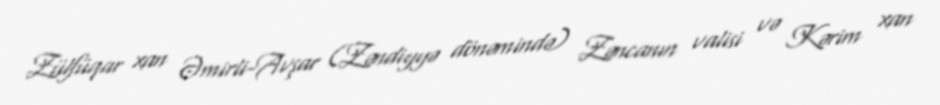
Zülfüqar xan Əmirli-Avşar (Zəndiyyə dönəmində) Zəncanın valisi və Kərim xan